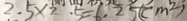
2 . 5 \times 2 . 5 = 6 . 2 5 ( c m ^ { 2 } )